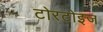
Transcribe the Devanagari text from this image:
टोरटोइज